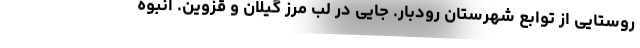
روستایی از توابع شهرستان رودبار. جایی در لب مرز گیلان و قزوین. انبوه